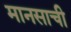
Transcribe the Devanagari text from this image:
मानसाची